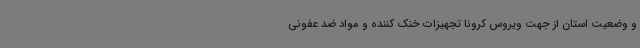
و وضعیت استان از جهت ویروس کرونا تجهیزات خنک کننده و مواد ضد عفونی